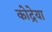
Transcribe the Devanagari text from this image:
कोद्रेया